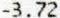
-3.72